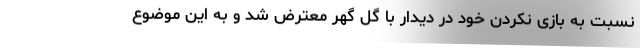
نسبت به بازی نکردن خود در دیدار با گل گهر معترض شد و به این موضوع